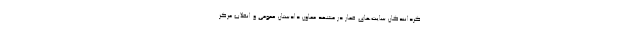
گردانندگان سایت‌های قمار در مشهد معاون دادستان عمومی و انقلاب مرکز